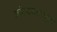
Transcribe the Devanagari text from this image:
आंतरजालामुळे